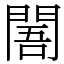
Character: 䦜